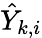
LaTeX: \hat{Y}_{k,i}